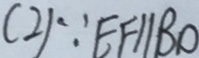
( 2 ) \because E F / / B O